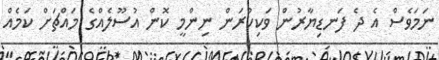
ނަމަވެސް އެ ދެ ފަނޑިޔާރުން ވަކިކުރަން ނިންމީ ކޮން އުސޫލެއްގެ މައްޗަށް ކަމެއް